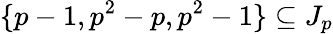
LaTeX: \{ p-1,p^{2}-p,p^{2}-1\} \subseteq J_{p}